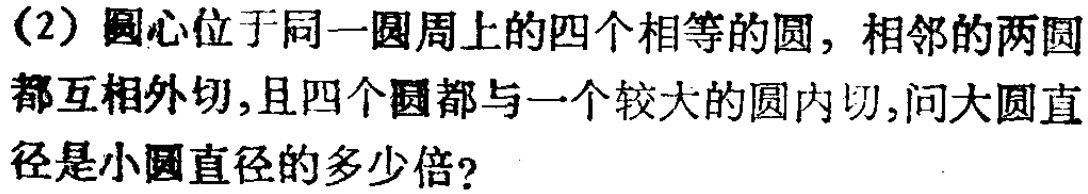
(2) 圆心位于同一圆周上的四个相等的圆，相邻的两圆都互相外切，且四个圆都与一个较大的圆内切，问大圆直径是小圆直径的多少倍？